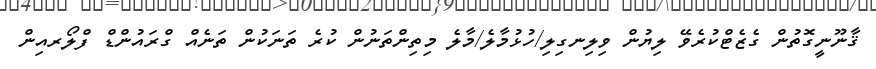
ޤާނޫނީގޮތުން ގެޒެޓްކުރެވޭ ލިޔުން ވިލިނގިލި/ހުޅުމާލެ/މާލެ މިތިންތަނުން ކުރެ ތަނަކުން ތަނެއް ގްރައުންޑް ފްލޯރއިން